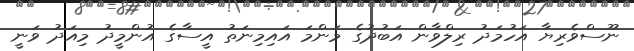
ނޫސްވެރިޔާ އަހުމަދު ރިލްވާން އަބުދުގެ މަންމަ އައިމިނަތު އީސާގެ އުންމީދު މިއަދު ވަނީ